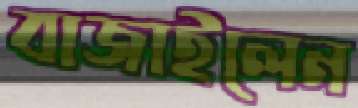
বাজাইলেন